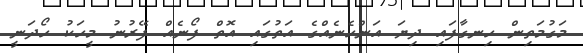
މަގުމަތިން ހިނގާފައި ދިޔަ އަންހެނެއްްގެ އަތުގައި އޮތް ފޯނެއް ފޭރުނު މީހަކު ހޯދަނީ